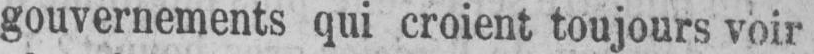
gouvernements qui croient toujours voir